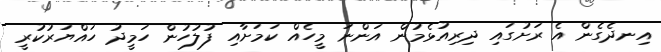
އިނދެގެން އެ ރަށުގައި ދިރިއުޅެމުން އަންނަ މީހެއް ކަމަށާއި ފުލުހުން ހަމީދު ހައްޔަރުކުރީ